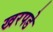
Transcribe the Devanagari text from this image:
खरपडे